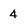
Character: 4